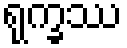
ရုက္ခဿ